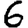
Digit: 6